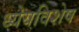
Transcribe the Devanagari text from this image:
ध्येयविशेष